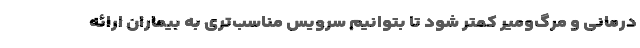
درمانی و مرگ‌ومیر کمتر شود تا بتوانیم سرویس مناسب‌تری به بیماران ارائه